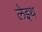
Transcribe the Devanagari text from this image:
लेइथ